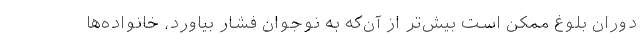
دوران بلوغ ممکن است بیش‌تر از آن‌که به نوجوان فشار بیاورد، خانواده‌ها